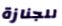
للجنازة